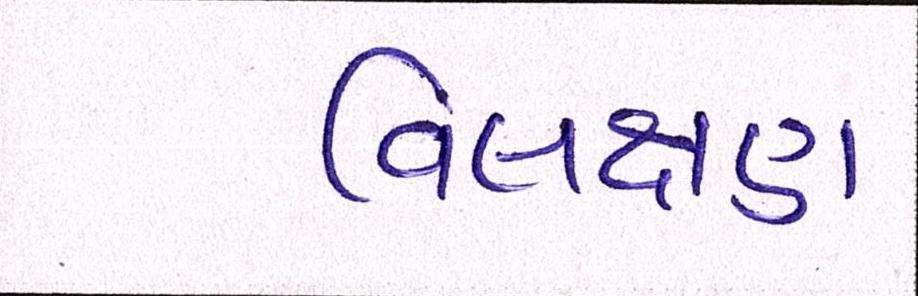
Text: વિલક્ષણ